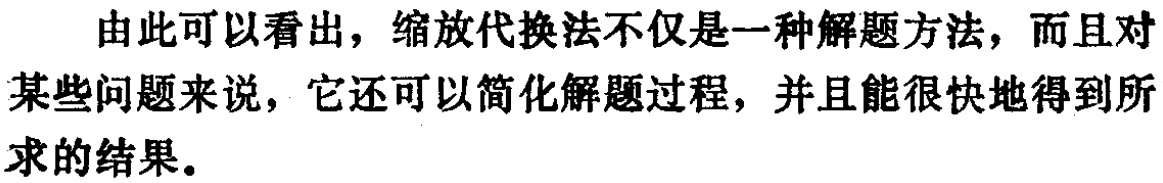
由此可以看出，缩放代换法不仅是一种解题方法，而且对某些问题来说，它还可以简化解题过程，并且能很快地得到所求的结果。